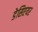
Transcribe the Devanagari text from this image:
डेसिएयर